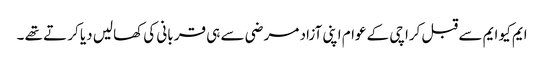
ایم کیو ایم سے قبل کراچی کے عوام اپنی آزاد مر ضی سے ہی قر بانی کی کھالیں دیا کر تے تھے ۔